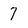
Character: 7